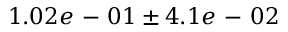
1 . 0 2 e \mathrm { ~ - ~ } 0 1 \pm 4 . 1 e \mathrm { ~ - ~ } 0 2